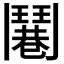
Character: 𩰓